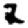
Digit: 2